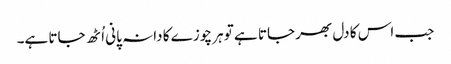
جب اس کا دل بھر جاتا ہے تو ہر چوزے کا دانہ پانی اُٹھ جاتا ہے۔